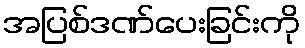
အပြစ်ဒဏ်ပေးခြင်းကို